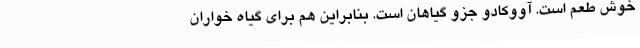
خوش طعم است. آووکادو جزو گیاهان است. بنابراین هم برای گیاه خواران